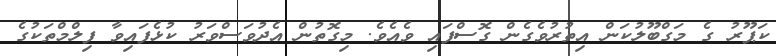
ކަޕޫރު ގެ މަގްބޫލުކަން އިތުރުވެގެން ގޮސްފައި ވެއެވެ. މިގޮތުން އެދުވަސްވަރު ކުޅެފައިވާ ފިލްމްތަކުގެ